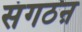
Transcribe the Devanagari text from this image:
संगठऩ